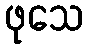
ဖုသေ